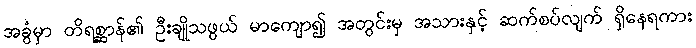
အခွံမှာ တိရစ္ဆာန်၏ ဦးချိုသဖွယ် မာကျော၍ အတွင်းမှ အသားနှင့် ဆက်စပ်လျက် ရှိနေရကား